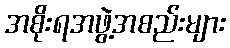
အစိုးရအဖွဲ့အစည်းများ